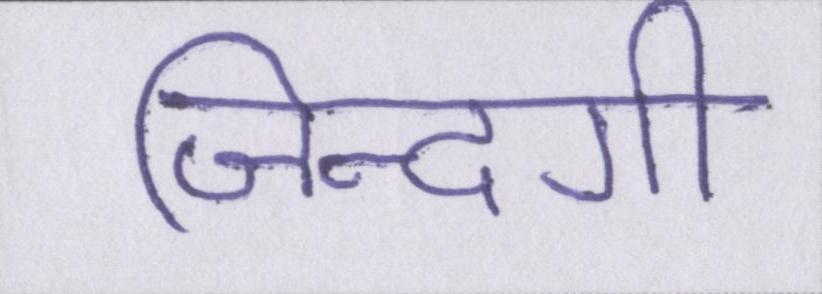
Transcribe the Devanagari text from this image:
जिन्दगी